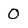
Character: 0